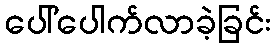
ပေါ်ပေါက်လာခဲ့ခြင်း